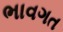
ભાવગત